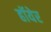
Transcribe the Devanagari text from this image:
हॉयेर